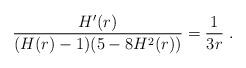
LaTeX: \begin{align*}\frac{H'(r)}{(H(r)-1)(5-8H^2(r))}=\frac{1}{3r} \; .\end{align*}